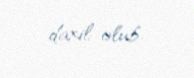
daxil olub.